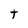
Character: t